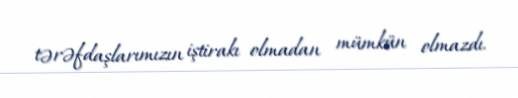
tərəfdaşlarımızın iştirakı olmadan mümkün olmazdı.